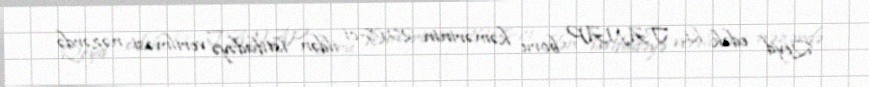
Qeyd edək ki, TANAP boru kəmərinin 2018-ci ildən istifadəyə verilməsi nəzərdə